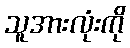
သူအားလုံးကို